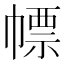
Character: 幖